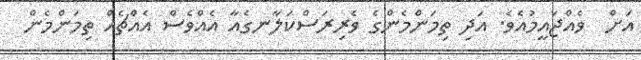
އަށް  ވެއްޖައީމުއެވެ. އަދި ތިމަންމެންގެ ވެރިރަސްކަލާނގެއާ އެއްވެސް އެއްޗެއް ތިމަންމެން